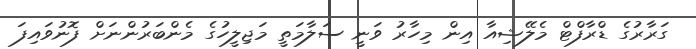
ގަރާރުގެ ޑްރާފްޓް މެލޭޝިއާ އިން މިހާރު ވަނީ ސަލާމަތީ މަޖިލީހުގެ މެންބަރުންނަށް ފޮނުވައިފަ